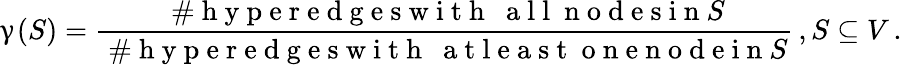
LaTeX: \upgamma(S)=\frac{\mathrm{~\# ~h~y~p~e~r~e~d~g~e~s~w~i~t~h~\textit~{~a~l~l~}~n~o~d~e~s~i~n~}S}{\mathrm{~\# ~h~y~p~e~r~e~d~g~e~s~w~i~t~h~\textit~{~a~t~l~e~a~s~t~}~o~n~e~n~o~d~e~i~n~}S}\, ,S\subseteq V\, .